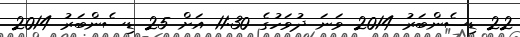
22 ޑިސެންބަރު 2014 ވަނަ ދުވަހުގެ 11:30 އަށް 25 ޑިސެންބަރު 2014